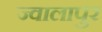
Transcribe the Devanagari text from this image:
ज्‍वालापुर